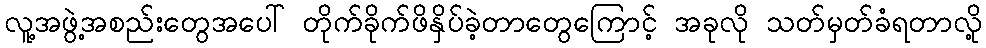
လူ့အဖွဲ့အစည်းတွေအပေါ် တိုက်ခိုက်ဖိနှိပ်ခဲ့တာတွေကြောင့် အခုလို သတ်မှတ်ခံရတာလို့